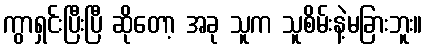
ကွာရှင်းပြီးပြီ ဆိုတော့ အခု သူက သူစိမ်းနဲ့မခြားဘူး။